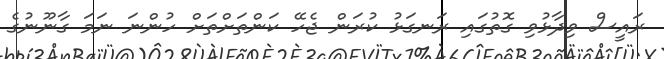
ރައީސް ވިދާޅުވި ގޮތުގައި ރަނގަޅު ކުރަން ޖެހޭ ކަންތަށްތަށް ހުންނަ ނަމަ ގާނޫނުގެ